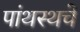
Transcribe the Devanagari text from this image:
पांथस्थचे